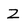
Character: Z